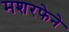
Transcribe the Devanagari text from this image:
मशरफेने